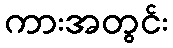
ကားအတွင်း